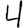
Digit: 4